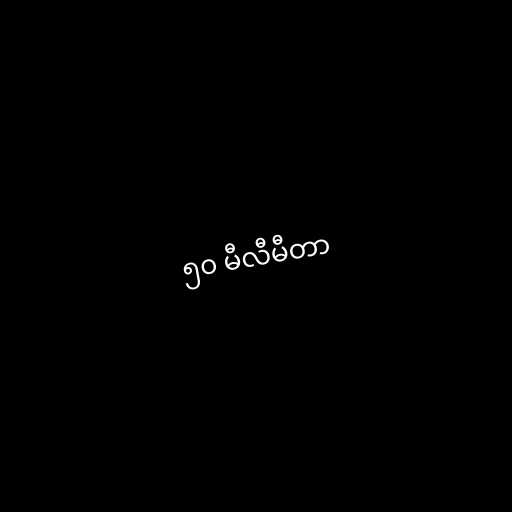
၅၀ မီလီမီတာ